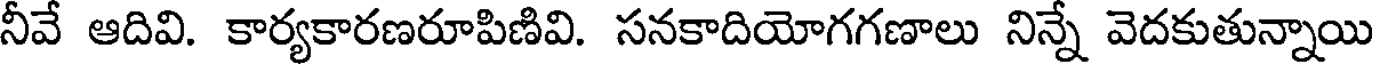
నీవే ఆదివి. కార్యకారణరూపిణివి. సనకాదియోగగణాలు నిన్నే వెదకుతున్నాయి